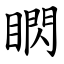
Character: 䁡